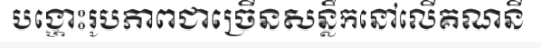
បង្ហោះរូបភាពជាច្រើនសន្លឹកនៅលើគណនី